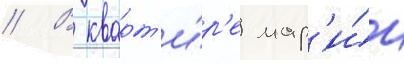
// В кварт'и́р'е мар'и́и